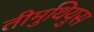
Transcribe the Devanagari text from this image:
तीमुथियुस